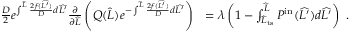
\begin{array} { r l } { \frac { D } { 2 } e ^ { \int ^ { \widehat { L } } \frac { 2 f ( \widehat { L ^ { \prime } } ) } { D } d \widehat { L ^ { \prime } } } \frac { \partial } { \partial \widehat { L } } \left( Q ( \widehat { L } ) e ^ { - \int ^ { \widehat { L } } \frac { 2 f ( \widehat { L ^ { \prime } } ) } { D } d \widehat { L ^ { \prime } } } \right) } & { = \lambda \left( 1 - \int _ { \widehat { L } _ { \mathrm { t s } } } ^ { \widehat { L } } P ^ { \mathrm { i n } } ( \widehat { L ^ { \prime } } ) d \widehat { L ^ { \prime } } \right) \ . } \end{array}